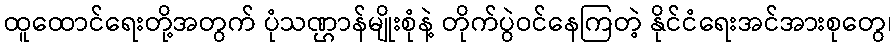
ထူထောင်ရေးတို့အတွက် ပုံသဏ္ဌာန်မျိုးစုံနဲ့ တိုက်ပွဲဝင်နေကြတဲ့ နိုင်ငံရေးအင်အားစုတွေ၊